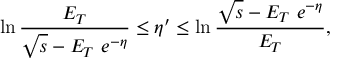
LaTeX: \ln { \frac { E _ { T } } { \sqrt { s } - E _ { T } \ e ^ { - \eta } } } \leq \eta ^ { \prime } \leq \ln { \frac { \sqrt { s } - E _ { T } \ e ^ { - \eta } } { E _ { T } } } ,